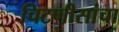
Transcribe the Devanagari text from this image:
चिटणीसांचा